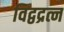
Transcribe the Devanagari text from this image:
विद्वद्रत्न